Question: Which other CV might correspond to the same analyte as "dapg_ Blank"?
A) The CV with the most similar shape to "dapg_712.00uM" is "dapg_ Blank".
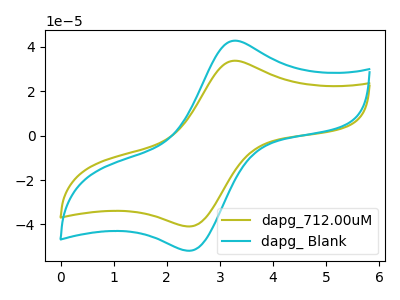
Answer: <think>The olive curve "dapg_712.00uM" has an anodic peak at (3.25V, 33.75uA) and a cathodic peak at (2.45V, -40.90uA). The cyan curve "dapg_ Blank" has an anodic peak at (3.25V, 42.75uA) and a cathodic peak at (2.45V, -51.85uA).
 All the peaks in "dapg_712.00uM" have a peak in "dapg_ Blank" at the same potential. Every peak in "dapg_712.00uM" is lower than every peak in "dapg_ Blank".</think>
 <answer>A) The CV with the most similar shape to "dapg_712.00uM" is "dapg_ Blank".</answer>
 <eval>A</eval>